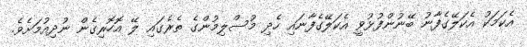
އެކަމަކު އެކަލޭގެފާނު ބޭނުންފުޅުވީ އެކަލޭގެފާނައި ހެދި މުސްލިމުންގެ ތެރެގައި ލޭ އޮހޮރިގެން ނުދިއުމަށެވެ.